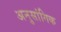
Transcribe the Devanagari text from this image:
अनुसांगिक